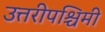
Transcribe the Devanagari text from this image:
उत्तरीपश्चिमी